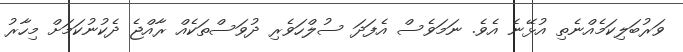
ވަރުބަލިކަމެއްނެތި އުޅޭނެ އެވެ. ނަމަވެސް އެފަދަ ސުލްހަވެރި ދުވަސްތަކެއް ރާއްޖެ ދެކުނުކަމަށް މިހާރު